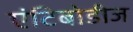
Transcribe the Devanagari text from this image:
एंटिबोडीज